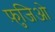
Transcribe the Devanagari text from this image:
फ़ुजिओ